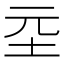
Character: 坖